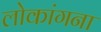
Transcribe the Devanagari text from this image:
लोकांगना